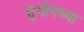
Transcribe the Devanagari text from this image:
सुयोगच्या